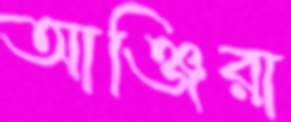
আঞ্জিরা